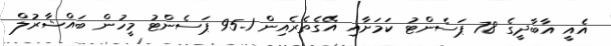
އެއީ އާބާދީގެ 78 ޕަސެންޓު ކަމަށާއި އޭގެތެރެއިން 95.1 ޕަސެންޓު މީހުން ބައްޝާރުލް